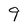
Character: 9